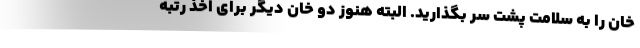
خان را به سلامت پشت سر بگذارید. البته هنوز دو خان دیگر برای اخذ رتبه